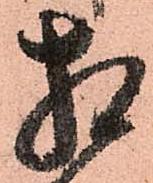
相